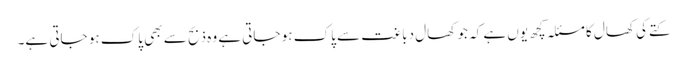
کتےکی کھال کا مسئلہ کچھ یوں ہے کہ جو کھال دباغت سے پاک ہو جاتی ہے وہ ذبح سے بھی پاک ہو جاتی ہے۔